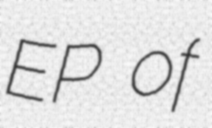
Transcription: EP of